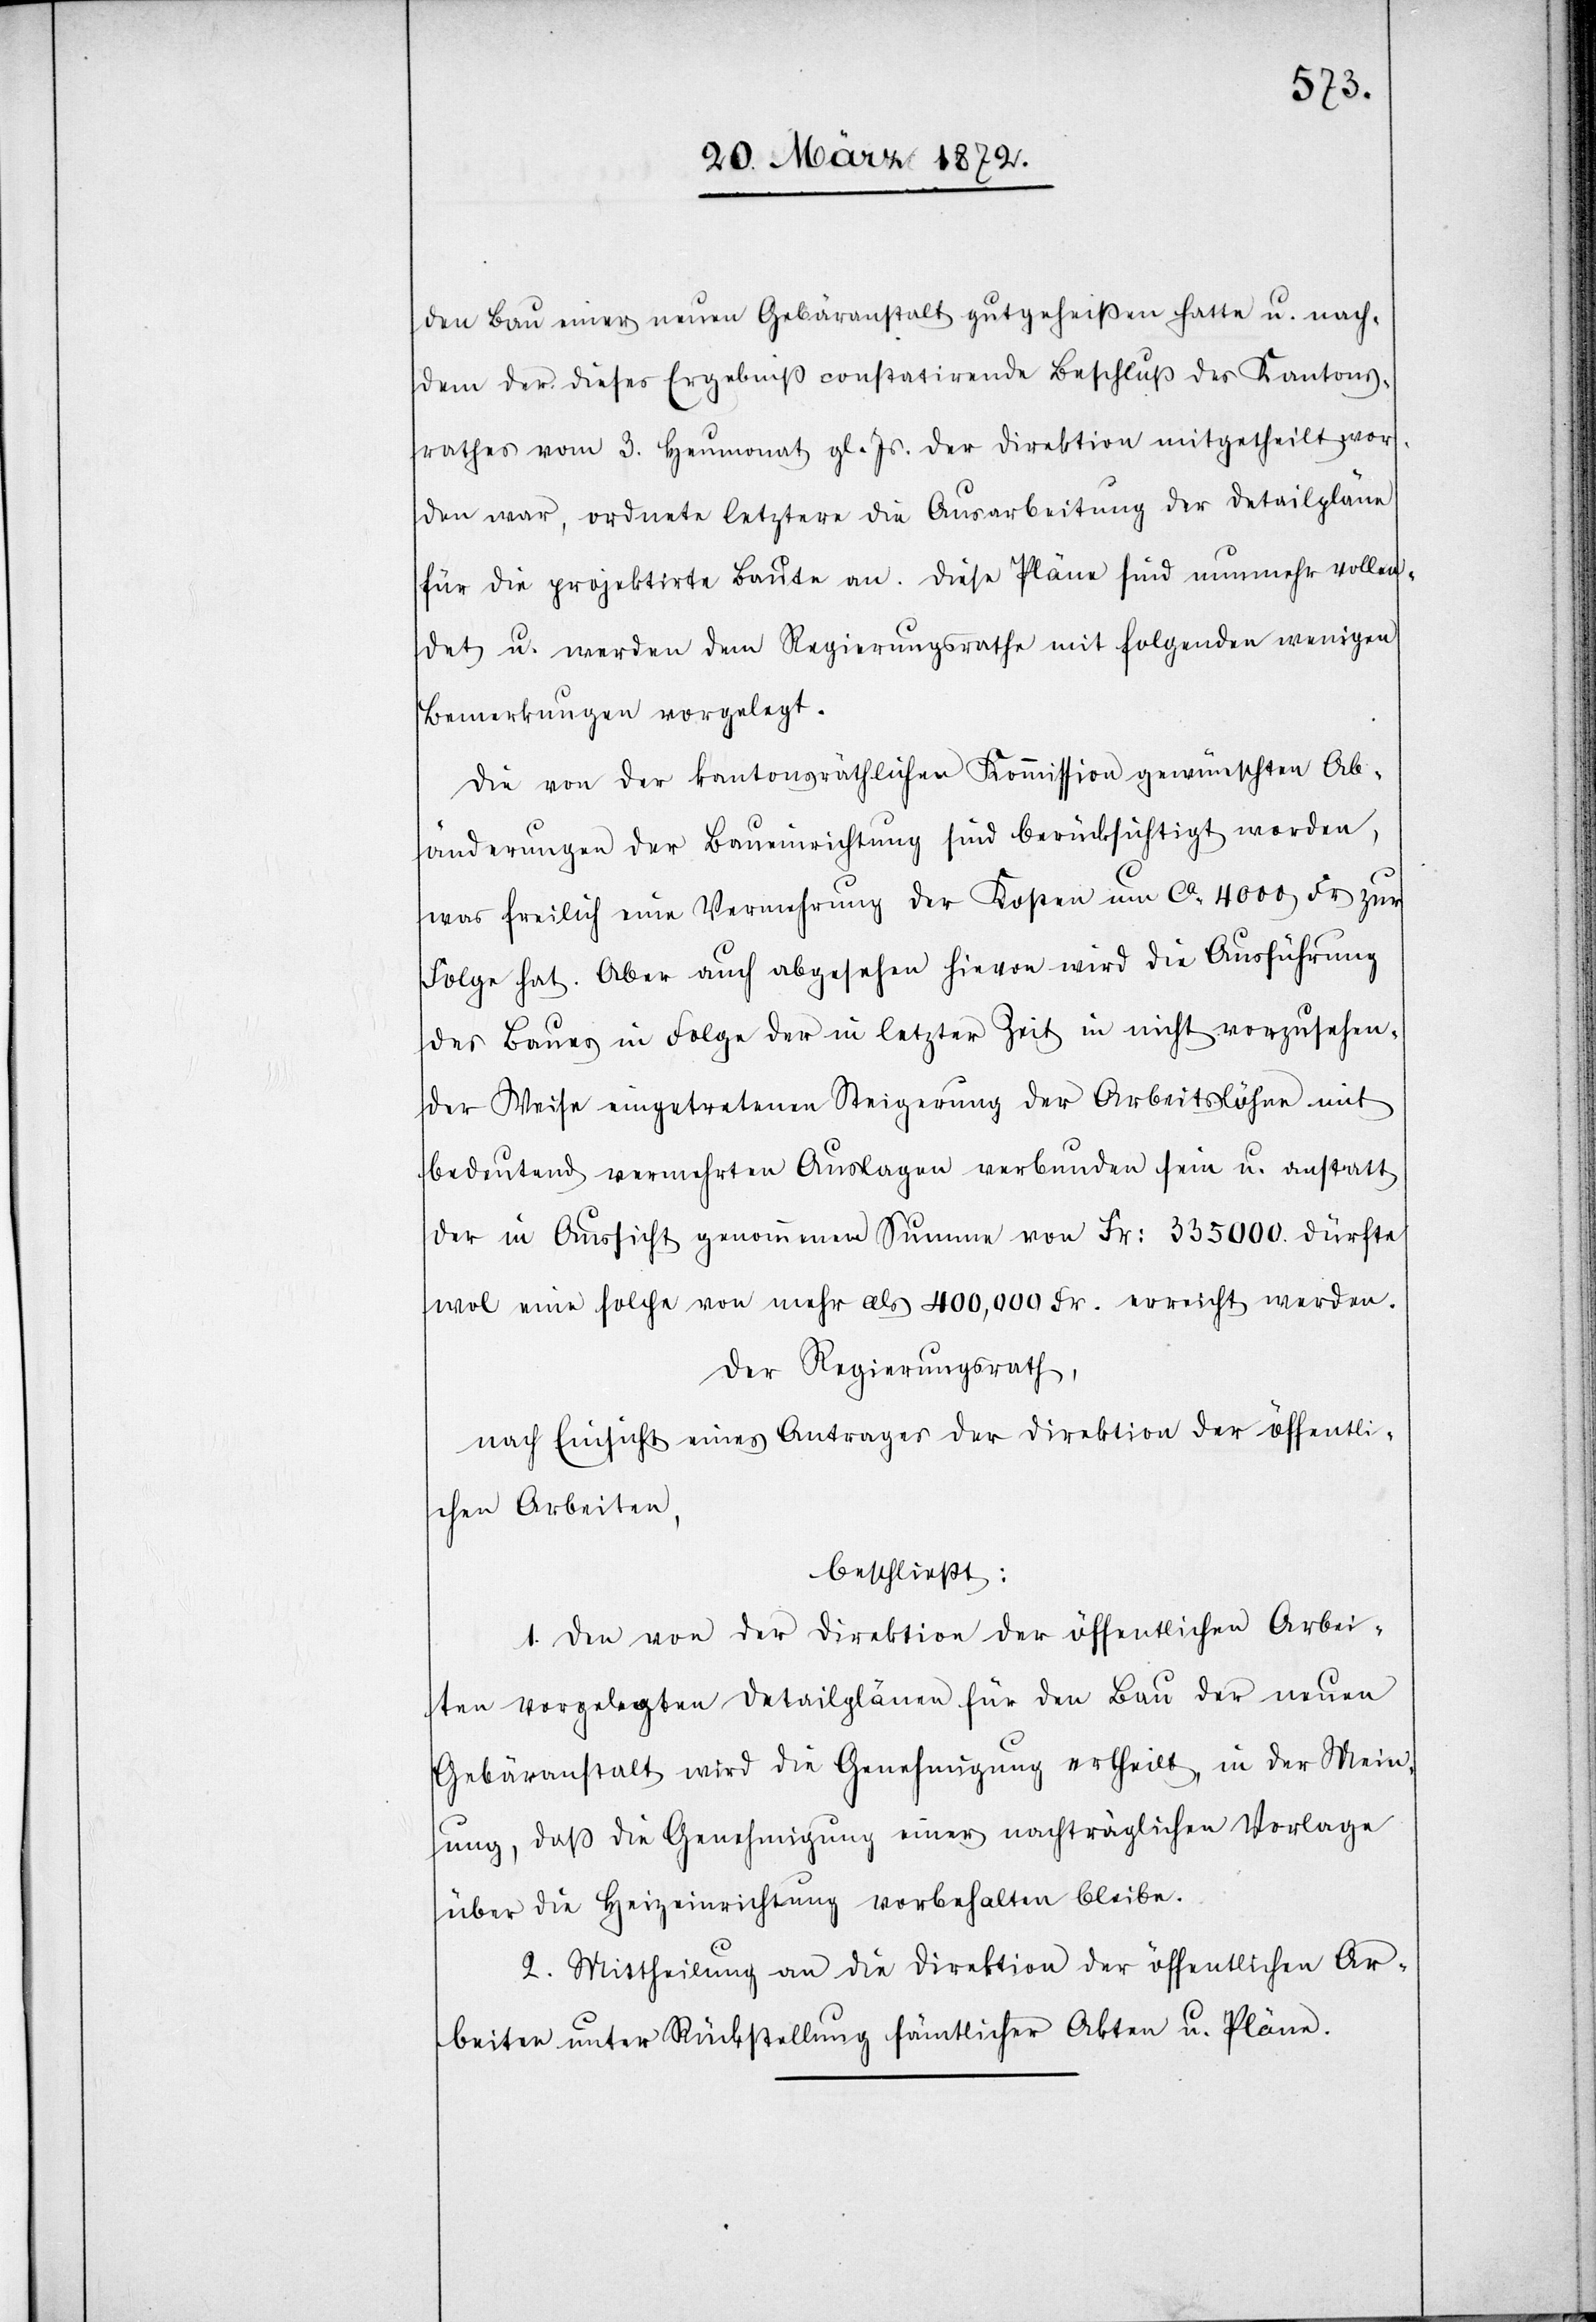
den Bau einer neuen Gebäranstalt gutgeheißen hatte u. nach¬
dem der dieses Ergebniß constatirende Beschluß des Kantons¬
rathes vom 3. Heumonat gl. Js. der Direktion mitgetheilt wor¬
den war, ordnete letztere die Ausarbeitung der Detailpläne
für die projektirte Baute an. Diese Pläne sind nunmehr vollen¬
det u. werden dem Regierungsrathe mit folgenden wenigen
Bemerkungen vorgelegt.
Die von der kantonsräthlichen Kommission gewünschten Ab¬
änderungen der Baueinrichtung sind berücksichtigt worden,
was freilich eine Vermehrung der Kosten um ca 4000 Fr zur
Folge hat. Aber auch abgesehen hievon wird die Ausführung
des Baues in Folge der in letzter Zeit in nicht vorzusehen¬
der Weise eingetretenen Steigerung der Arbeitslöhne mit
bedeutend vermehrten Auslagen verbunden sein u. anstatt
der in Aussicht genommenen Summe von Fr: 335 000. dürfte
wol eine solche von mehr als 400,000 Fr. erreicht werden.
Der Regierungsrath,
nach Einsicht eines Antrages der Direktion der öffentli¬
chen Arbeiten,
beschließt:
1. Den von der Direktion der öffentlichen Arbei¬
ten vorgelegten Detailplänen für den Bau der neuen
Gebäranstalt wird die Genehmigung ertheilt, in der Mein¬
ung, daß die Genehmigung einer nachträglichen Vorlage
über die Heizeinrichtung vorbehalten bleibe.
2. Mittheilung an die Direktion der öffentlichen Ar¬
beiten unter Rückstellung sämtlicher Akten u. Pläne.